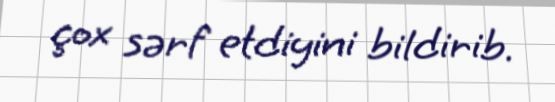
çox sərf etdiyini bildirib.